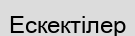
Ескектілер